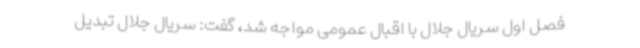
فصل اول سریال جلال با اقبال عمومی مواجه شد، گفت: سریال جلال تبدیل